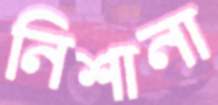
নিশানা